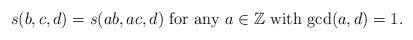
LaTeX: \begin{align*}\hbox{$s(b,c,d) =s(ab,ac,d)$ for any $a\in {\mathbb Z}$ with $\gcd (a,d)=1$.}\end{align*}